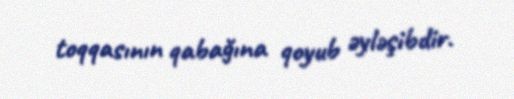
toqqasının qabağına qoyub əyləşibdir.